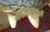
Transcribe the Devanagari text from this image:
संकल्पही